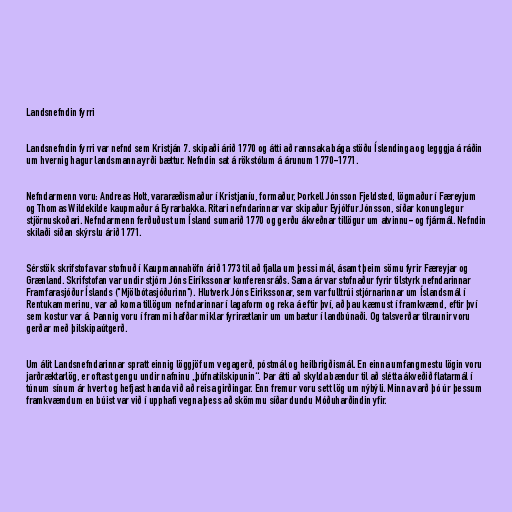
Landsnefndin fyrri

Landsnefndin fyrri var nefnd sem Kristján 7. skipaði árið 1770 og átti að rannsaka bága stöðu Íslendinga og legggja á ráðin
um hvernig hagur landsmanna yrði bættur. Nefndin sat á rökstólum á árunum 1770-1771.

Nefndarmenn voru: Andreas Holt, vararæðismaður í Kristjaníu, formaður, Þorkell Jónsson Fjeldsted, lögmaður í Færeyjum
og Thomas Wildekilde kaupmaður á Eyrarbakka. Ritari nefndarinnar var skipaður Eyjólfur Jónsson, síðar konunglegur
stjörnuskoðari. Nefndarmenn ferðuðust um Ísland sumarið 1770 og gerðu ákveðnar tillögur um atvinnu- og fjármál. Nefndin
skilaði síðan skýrslu árið 1771.

Sérstök skrifstofa var stofnuð í Kaupmannahöfn árið 1773 til að fjalla um þessi mál, ásamt þeim sömu fyrir Færeyjar og
Grænland. Skrifstofan var undir stjórn Jóns Eiríkssonar konferensráðs. Sama ár var stofnaður fyrir tilstyrk nefndarinnar
Framfarasjóður Íslands ("Mjölbótasjóðurinn"). Hlutverk Jóns Eirikssonar, sem var fulltrúi stjórnarinnar um Íslandsmál í
Rentukammerinu, var að koma tillögum nefndarinnar í lagaform og reka á eftir því, að þau kæmust í framkvæmd, eftir því
sem kostur var á. Þannig voru í frammi hafðar miklar fyrirætlanir um umbætur í landbúnaði. Og talsverðar tilraunir voru
gerðar með þilskipaútgerð.

Um álit Landsnefndarinnar spratt einnig löggjöf um vegagerð, póstmál og heilbrigðismál. En einna umfangmestu lögin voru
jarðræktarlög, er oftast gengu undir nafninu „þúfnatilskipunin“. Þar átti að skylda bændur til að slétta ákveðið flatarmál í
túnum sínum ár hvert og hefjast handa við að reisa girðingar. Enn fremur voru sett lög um nýbýli. Minna varð þó úr þessum
framkvæmdum en búist var við í upphafi vegna þess að skömmu síðar dundu Móðuharðindin yfir.